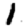
Digit: 1